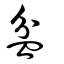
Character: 盆